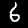
Digit: 6